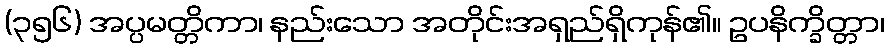
(၃၅၆) အပ္ပမတ္တိကာ၊ နည်းသော အတိုင်းအရှည်ရှိကုန်၏။ ဥပနိက္ခိတ္တာ၊